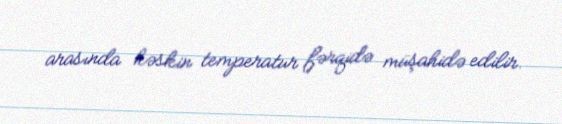
arasında kəskin temperatur fərqidə müşahidə edilir.